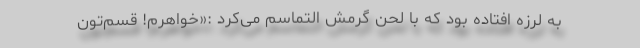
به لرزه افتاده بود که با لحن گرمش التماسم می‌کرد :«خواهرم! قسم‌تون